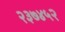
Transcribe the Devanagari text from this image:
२३७४५२